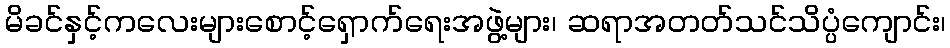
မိခင်နှင့်ကလေးများစောင့်ရှောက်ရေးအဖွဲ့များ၊ ဆရာအတတ်သင်သိပ္ပံကျောင်း၊